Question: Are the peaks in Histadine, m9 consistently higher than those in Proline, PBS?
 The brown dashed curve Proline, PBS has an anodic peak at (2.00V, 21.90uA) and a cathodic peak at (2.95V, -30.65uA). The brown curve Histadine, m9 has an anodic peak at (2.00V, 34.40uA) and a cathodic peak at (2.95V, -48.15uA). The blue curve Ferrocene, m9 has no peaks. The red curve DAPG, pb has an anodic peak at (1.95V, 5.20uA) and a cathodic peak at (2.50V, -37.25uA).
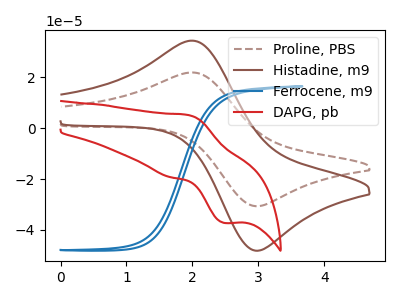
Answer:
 <answer>Every peak in "Histadine, m9" is higher than every peak in "Proline, PBS".</answer>
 <eval>higher</eval>